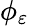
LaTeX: \phi_{\varepsilon}